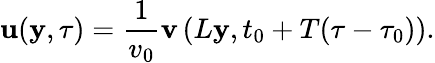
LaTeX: {\mathbf u}({\mathbf y},\tau)=\frac{1}{v_{0}}{\mathbf v}\left(L{\mathbf y},t_{0}+T(\tau-\tau_{0})\right).